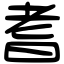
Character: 耆